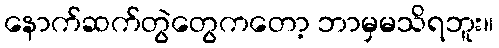
နောက်ဆက်တွဲတွေကတော့ ဘာမှမသိရဘူး။